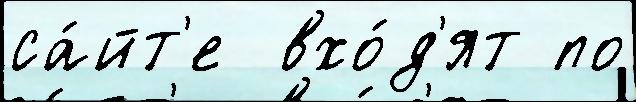
са́йт'е  вхо́д'ят по